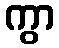
ကွာ